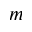
m